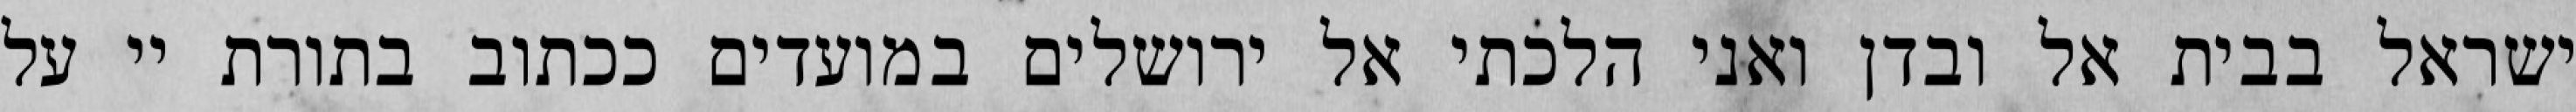
ישראל בבית אל ובדן ואני הלכתי אל ירושלים במועדים ככתוב בתורת יי על